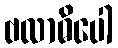
ဗလာဓိပေါ